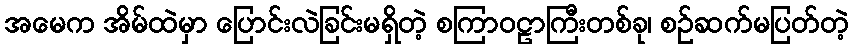
အမေက အိမ်ထဲမှာ ပြောင်းလဲခြင်းမရှိတဲ့ စကြာဝဠာကြီးတစ်ခု၊ စဉ်ဆက်မပြတ်တဲ့